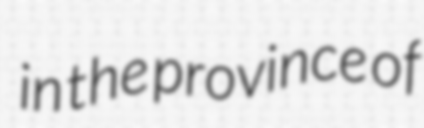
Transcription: in the province of